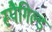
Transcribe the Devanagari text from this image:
स्पैंगिल्ड